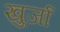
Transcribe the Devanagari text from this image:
खु्र्जा